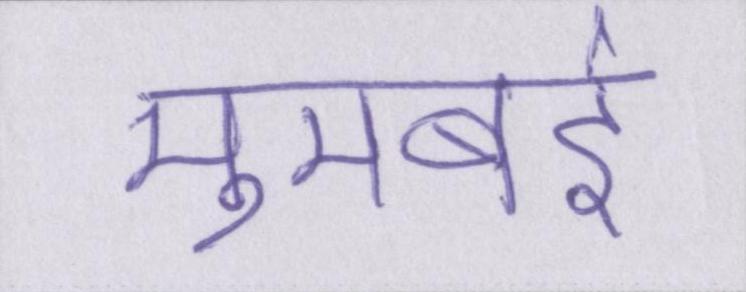
मुमबई